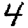
Digit: 4